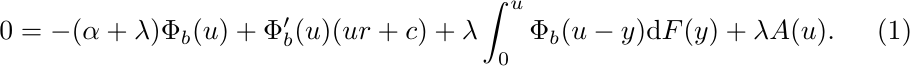
\begin{equation}
	0=-(\alpha+\lambda) \Phi_{b}(u)+\Phi_{b}^{\prime}(u)(u r+c)+\lambda
	\int_0^u \Phi_{b}(u-y) \mathrm{d} F(y)+\lambda A(u) .
	\label{2.5}
\end{equation}